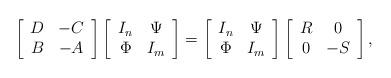
LaTeX: \begin{align*}\left [\begin{array}{cc}D & -C\\B & -A\end{array} \right ] \left [\begin{array}{cc}I_n & \Psi\\\Phi & I_m\end{array} \right ]=\left [\begin{array}{cc}I_n & \Psi\\\Phi & I_m\end{array} \right ]\left [\begin{array}{cc}R & 0\\0 & -S\end{array} \right ],\end{align*}